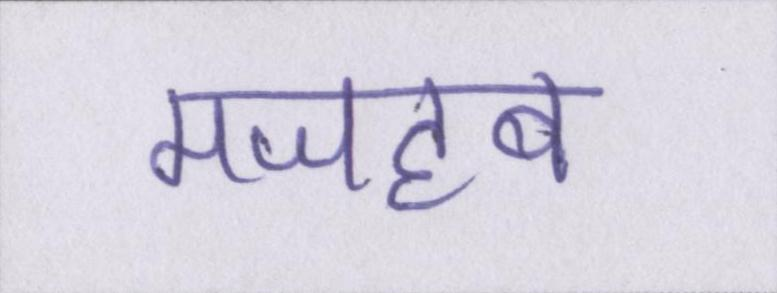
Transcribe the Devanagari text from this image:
मजहब